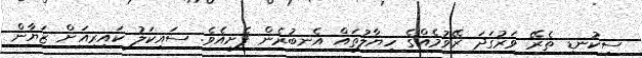
ސިކުނޑި ތެރޭ ވަރުގަދަ ރޭވުމެއްގެ ހިޔާލުތައް އެނބުރެން ފެށިއެވެ. ސައިކަލު ކައިރިއަށް ޒަޔާން